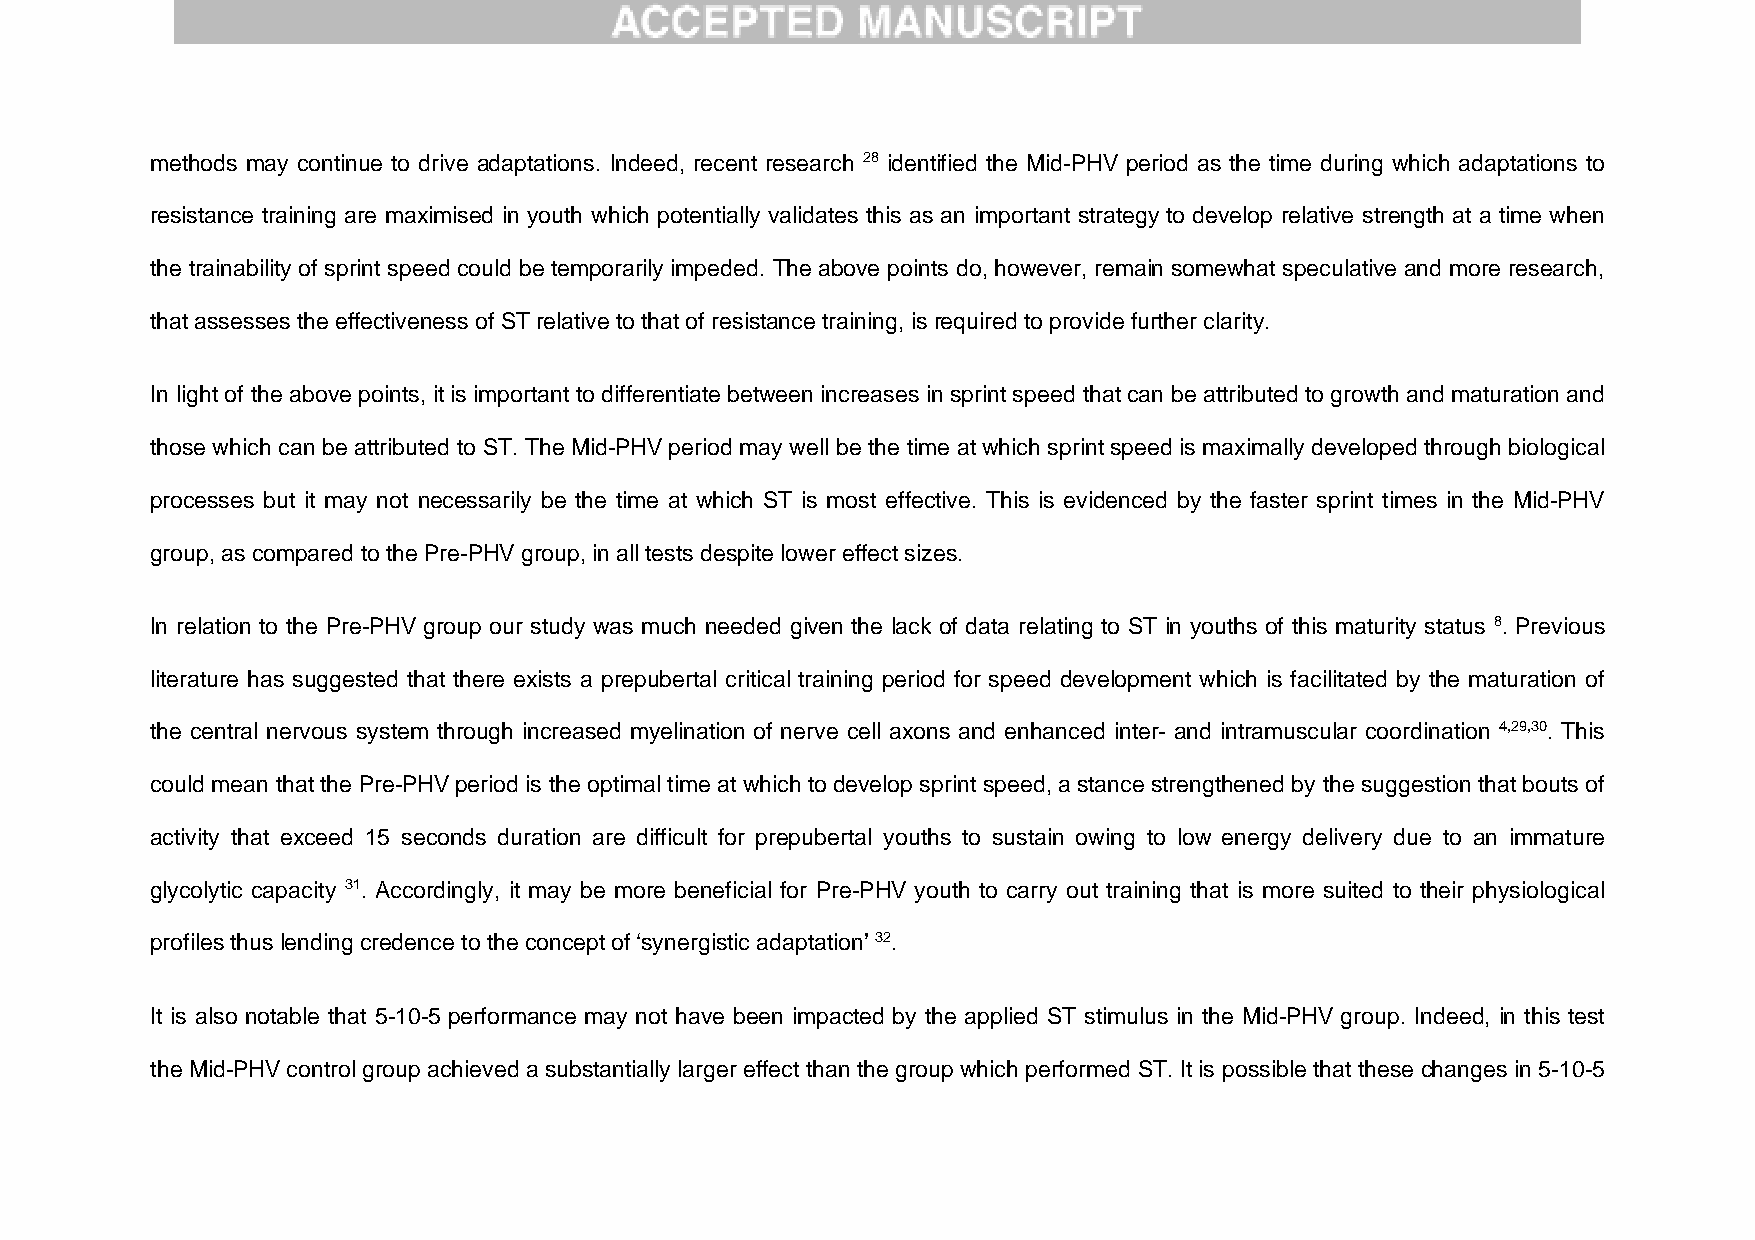
methods may continue to drive adaptations. Indeed, recent research 28 identified the Mid-PHV period as the time during which adaptations to
 resistance training are maximised in youth which potentially validates this as an important strategy to develop relative strength at a time when
 the trainability of sprint speed could be temporarily impeded. The above points do, however, remain somewhat speculative and more research,
 that assesses the effectiveness of ST relative to that of resistance training, is required to provide further clarity.
 In light of the above points, it is important to differentiate between increases in sprint speed that can be attributed to growth and maturation and
 those which can be attributed to ST. The Mid-PHV period may well be the time at which sprint speed is maximally developed through biological
 processes but it may not necessarily be the time at which ST is most effective. This is evidenced by the faster sprint times in the Mid-PHV
 group, as compared to the Pre-PHV group, in all tests despite lower effect sizes.
 In relation to the Pre-PHV group our study was much needed given the lack of data relating to ST in youths of this maturity status 8. Previous
 literature has suggested that there exists a prepubertal critical training period for speed development which is facilitated by the maturation of
 the central nervous system through increased myelination of nerve cell axons and enhanced inter- and intramuscular coordination 4,29,30. This
 could mean that the Pre-PHV period is the optimal time at which to develop sprint speed, a stance strengthened by the suggestion that bouts of
 activity that exceed 15 seconds duration are difficult for prepubertal youths to sustain owing to low energy delivery due to an immature
 glycolytic capacity 31. Accordingly, it may be more beneficial for Pre-PHV youth to carry out training that is more suited to their physiological
 profiles thus lending credence to the concept of ‘synergistic adaptation’ 32.
 It is also notable that 5-10-5 performance may not have been impacted by the applied ST stimulus in the Mid-PHV group. Indeed, in this test
 the Mid-PHV control group achieved a substantially larger effect than the group which performed ST. It is possible that these changes in 5-10-5